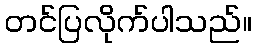
တင်ပြလိုက်ပါသည်။